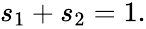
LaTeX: \begin{array}{r}{s_{1}+s_{2}=1.}\end{array}